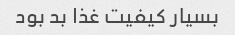
بسیار کیفیت غذا بد بود